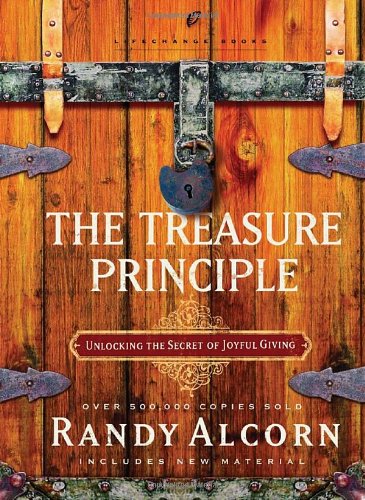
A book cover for The Treasure Principle: Unlocking the Secret of Joyful Giving (LifeChange Books); Randy Alcorn; Christian Books & Bibles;